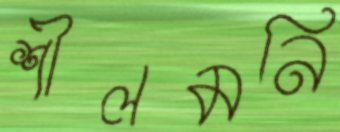
শীলমনি